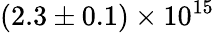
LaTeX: (2.3\pm 0.1)\times 10^{15}